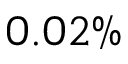
0 . 0 2 \%